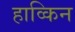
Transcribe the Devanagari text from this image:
हाव्किन